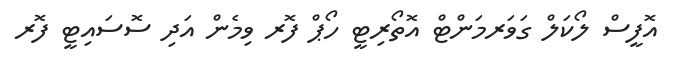
އޮފީސް ލޯކަލް ގަވަރމަންޓް އޮތޯރިޓީ ހޯޕް ފޮރ ވިމެން އަދި ސޮސައިޓީ ފޮރ